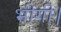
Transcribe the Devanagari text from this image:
भीगी।